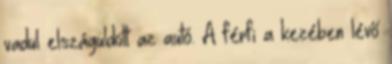
vadul elszáguldott az autó. A férfi a kezében lévő